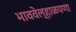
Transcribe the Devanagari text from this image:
भाववेल्हाळपणा